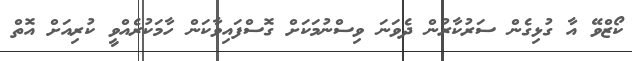
ކޯޒްވޭ އާ ގުޅިގެން ސަރުކާރުން ދެވަނަ ވިސްނުމަކަށް ގޮސްފައިވާކަން ހާމަކުރެއްވީ ކުރިއަށް އޮތް